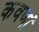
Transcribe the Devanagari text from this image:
कवणां